Annual report of the Imperial Bacteriologist
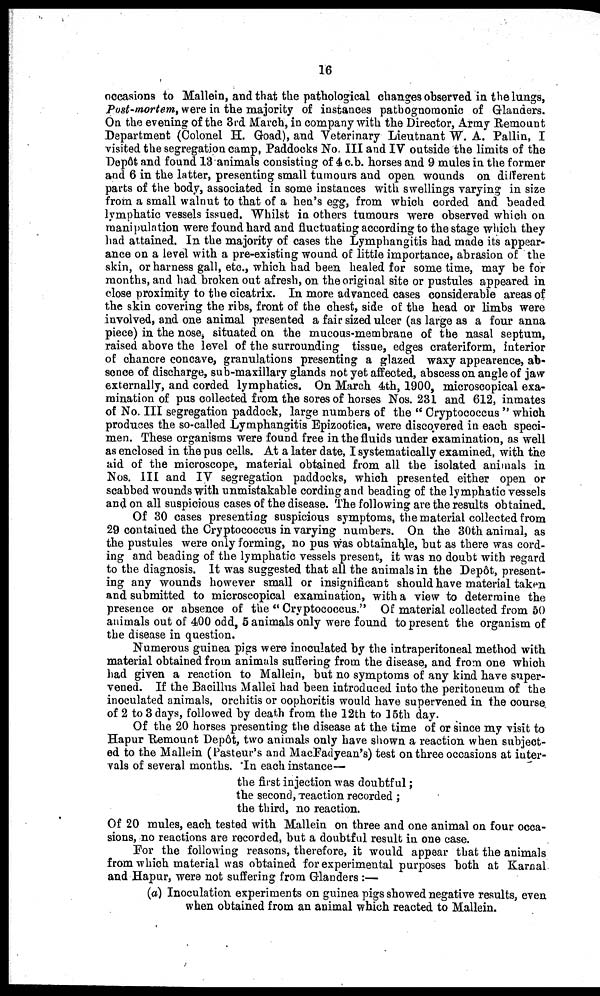
16
occasions to Mallein, and that the pathological changes observed in the lungs,
Post-mortem, were in the majority of instances pathognomonic of Glanders.
On the evening of the 3rd March, in company with the Director, Army Remount
Department (Colonel H. Goad), and Veterinary Lieutnant W. A. Pallin, I
visited the segregation camp, Paddocks No III and IV outside the limits of the
Depôt and found 13 animals consisting of 4 c.b. horses and 9 mules in the former
and 6 in the latter, presenting small tumours and open wounds on different
parts of the body, associated in some instances with swellings varying in size
from a small walnut to that of a hen's egg, from which corded and beaded
lymphatic vessels issued. Whilst in others tumours were observed which on
manipulation were found hard and fluctuating according to the stage which they
had attained. In the majority of cases the Lymphangitis had made its appear-
ance on a level with a pre-existing wound of little importance, abrasion of the
skin, or harness gall, etc., which had been healed for some time, may be for
months, and had broken out afresh, on the original site or pustules appeared in
close proximity to the cicatrix. In more advanced cases considerable areas of
the skin covering the ribs, front of the chest, side of the head or limbs were
involved, and one animal presented a fair sized ulcer (as large as a four anna
piece) in the nose, situated on the mucous-membrane of the nasal septum,
raised above the level of the surrounding tissue, edges crateriform, interior
of chancre concave, granulations presenting a glazed waxy appearence, ab-
sence of discharge, sub-maxillary glands not yet affected, abscess on angle of jaw
externally, and corded lymphatics. On March 4th, 1900, microscopical exa-
mination of pus collected from the sores of horses Nos. 231 and 612, inmates
of No. III segregation paddock, large numbers of the " Cryptococcus " which
produces the so-called Lymphangitis Epizootica, were discovered in each speci-
men. These organisms were found free in the fluids under examination, as well
as enclosed in the pus cells. At a later date, I systematically examined, with the
aid of the microscope, material obtained from all the isolated animals in
Nos. III and IV segregation paddocks, which presented either open or
scabbed wounds with unmistakable cording and beading of the lymphatic vessels
and on all suspicious cases of the disease. The following are the results obtained.
Of 30 cases presenting suspicious symptoms, the material collected from
29 contained the Cryptococcus in varying numbers. On the 30th animal, as
the pustules were only forming, no pus was obtainable, but as there was cord-
ing and beading of the lymphatic vessels present, it was no doubt with regard
to the diagnosis. It was suggested that all the animals in the Depôt, present-
ing any wounds however small or insignificant should have material taken
and submitted to microscopical examination, with a view to determine the
presence or absence of the " Cryptococcus." Of material collected from 50
animals out of 400 odd, 5 animals only were found to present the organism of
the disease in question.
Numerous guinea pigs were inoculated by the intraperitoneal method with
material obtained from animals suffering from the disease, and from one which
had given a reaction to Mallein, but no symptoms of any kind have super-
vened. If the Bacillus Mallei had been introduced into the peritoneum of the
inoculated animals, orchitis or oophoritis would have supervened in the course
of 2 to 3 days, followed by death from the 12th to 15th day.
Of the 20 horses presenting the disease at the time of or since my visit to
Hapur Remount Depôt, two animals only have shown a reaction when subject-
ed to the Mallein (Pasteur's and MacFadyean's) test on three occasions at inter-
vals of several months. In each instance—
the first injection was doubtful ;
the second, reaction recorded ;
the third, no reaction.
Of 20 mules, each tested with Mallein on three and one animal on four occa-
sions, no reactions are recorded, but a doubtful result in one case.
For the following reasons, therefore, it would appear that the animals
from which material was obtained for experimental purposes both at Karnal
and Hapur, were not suffering from Glanders :—
(a) Inoculation experiments on guinea pigs showed negative results, even
when obtained from an animal which reacted to Mallein.